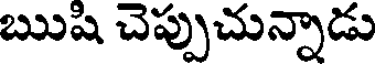
ఋషి చెప్పుచున్నాడు